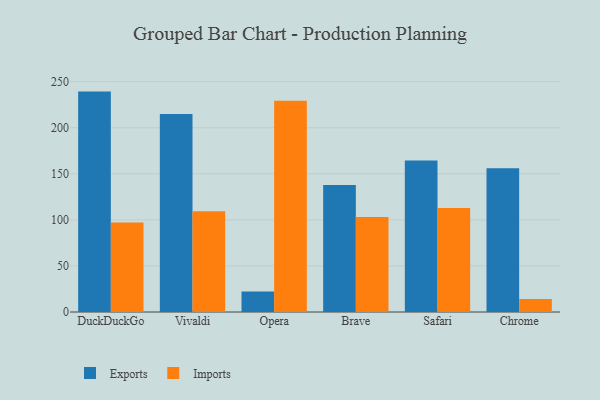
{"axis": {"x": "Browser", "y": "Inventory Turnover"}, "legend": ["Exports", "Imports"], "data": [{"x": "DuckDuckGo", "y": 239.2, "type": "Exports"}, {"x": "DuckDuckGo", "y": 97.2, "type": "Imports"}, {"x": "Vivaldi", "y": 214.9, "type": "Exports"}, {"x": "Vivaldi", "y": 109.3, "type": "Imports"}, {"x": "Opera", "y": 22.2, "type": "Exports"}, {"x": "Opera", "y": 229.4, "type": "Imports"}, {"x": "Brave", "y": 137.9, "type": "Exports"}, {"x": "Brave", "y": 103.0, "type": "Imports"}, {"x": "Safari", "y": 164.5, "type": "Exports"}, {"x": "Safari", "y": 112.8, "type": "Imports"}, {"x": "Chrome", "y": 156.1, "type": "Exports"}, {"x": "Chrome", "y": 14.0, "type": "Imports"}]}